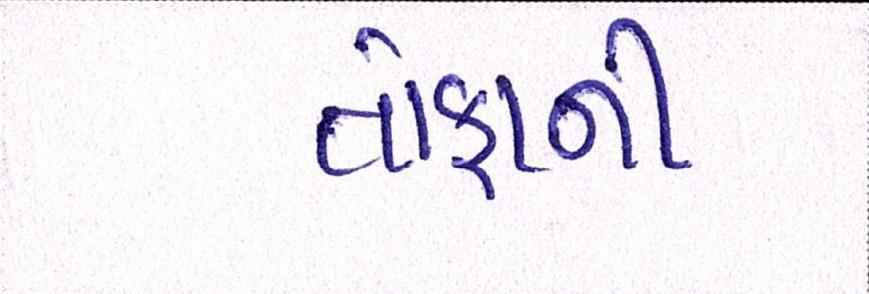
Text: તોફાની